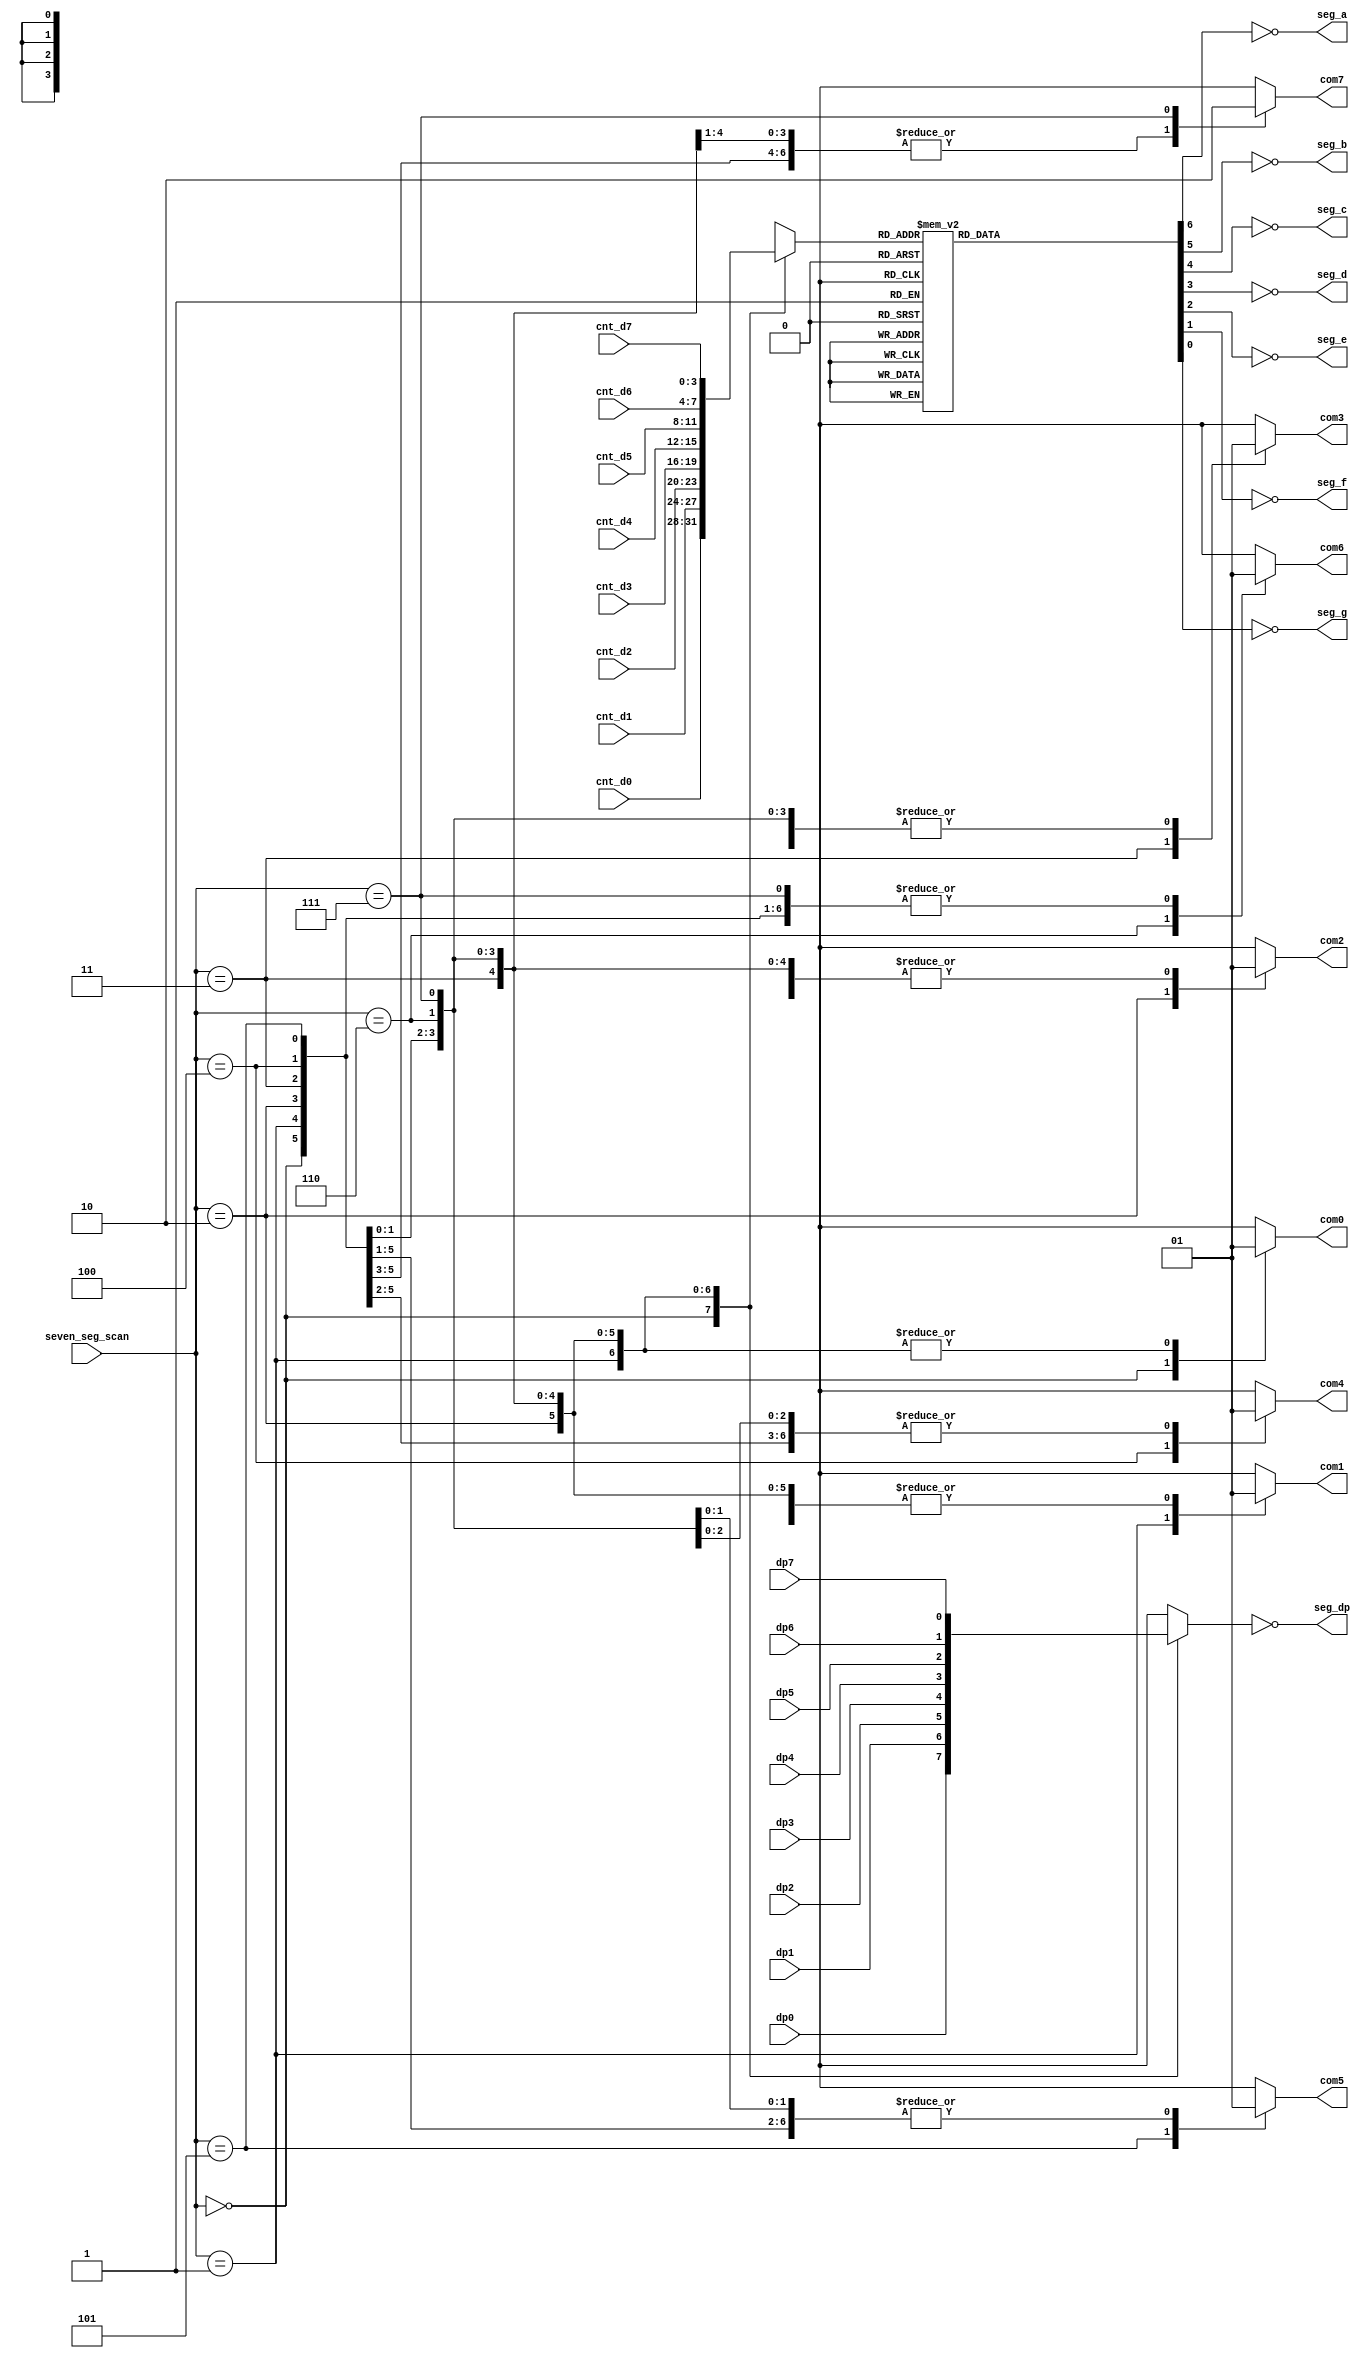
`timescale 1 ns/1 ns

module seven_seg(seven_seg_scan,
		cnt_d0, cnt_d1, cnt_d2, cnt_d3, cnt_d4, cnt_d5, cnt_d6, cnt_d7,
		dp0, dp1, dp2, dp3, dp4, dp5, dp6, dp7,
		seg_a, seg_b, seg_c, seg_d,
		seg_e, seg_f, seg_g, seg_dp,
		com0, com1, com2, com3, com4, com5, com6, com7);

input	[2:0]	seven_seg_scan;
input		dp0, dp1, dp2, dp3 ,dp4, dp5, dp6, dp7;
input	[3:0]	cnt_d0, cnt_d1, cnt_d2, cnt_d3, cnt_d4, cnt_d5, cnt_d6, cnt_d7;
output 		seg_a, seg_b, seg_c, seg_d,
		seg_e, seg_f, seg_g, seg_dp;
output		com0, com1, com2, com3, com4, com5, com6, com7;
wire 		seg_a, seg_b, seg_c, seg_d,
		seg_e, seg_f, seg_g, seg_dp;
reg		com0, com1, com2, com3, com4, com5, com6, com7;

reg	[3:0]	hex_digit;
reg	[6:0]	seg_data;
reg		seg_data_dp;

assign	seg_a  = ~seg_data[6];
assign	seg_b  = ~seg_data[5];
assign	seg_c  = ~seg_data[4];
assign	seg_d  = ~seg_data[3];
assign	seg_e  = ~seg_data[2];
assign	seg_f  = ~seg_data[1];
assign	seg_g  = ~seg_data[0];
assign  seg_dp = ~seg_data_dp;

always @(hex_digit)
begin
  case (hex_digit)
         4'b0000 : seg_data = 7'b1111110;
         4'b0001 : seg_data = 7'b0110000;
         4'b0010 : seg_data = 7'b1101101;
         4'b0011 : seg_data = 7'b1111001;
         4'b0100 : seg_data = 7'b0110011;
         4'b0101 : seg_data = 7'b1011011;
         4'b0110 : seg_data = 7'b1011111;
         4'b0111 : seg_data = 7'b1110000;
         4'b1000 : seg_data = 7'b1111111;
         4'b1001 : seg_data = 7'b1111011; 
         4'b1010 : seg_data = 7'b1110111;
         4'b1011 : seg_data = 7'b0011111; 
         4'b1100 : seg_data = 7'b1001110; 
         4'b1101 : seg_data = 7'b0111101; 
         4'b1110 : seg_data = 7'b1001111; 
         4'b1111 : seg_data = 7'b1000111; 
	 default : seg_data = 7'b0111110;
  endcase
end

always @(*)
begin
  com0 = 1'b1;
  com1 = 1'b1;
  com2 = 1'b1;
  com3 = 1'b1;
  com4 = 1'b1;
  com5 = 1'b1;
  com6 = 1'b1;
  com7 = 1'b1;
  case (seven_seg_scan)
    3'b000 :   begin
		hex_digit   = cnt_d0;
		com0        = 1'b0;
		seg_data_dp = dp0;
              end
    3'b001 :   begin
		hex_digit   = cnt_d1;
		com1        = 1'b0;
		seg_data_dp = dp1;
              end
    3'b010 :   begin
		hex_digit   = cnt_d2;
		com2        = 1'b0;
		seg_data_dp = dp2;
              end
    3'b011 :   begin
		hex_digit   = cnt_d3;
		com3        = 1'b0;
		seg_data_dp = dp3;
              end
    3'b100 :   begin
		hex_digit   = cnt_d4;
		com4        = 1'b0;
		seg_data_dp = dp4;
              end
    3'b101 :   begin
		hex_digit   = cnt_d5;
		com5        = 1'b0;
		seg_data_dp = dp5;
              end
    3'b110 :   begin
		hex_digit   = cnt_d6;
		com6        = 1'b0;
		seg_data_dp = dp6;
              end
    3'b111 :   begin
		hex_digit   = cnt_d7;
		com7        = 1'b0;
		seg_data_dp = dp7;
              end
    default : begin
		hex_digit   = cnt_d0;
		com0        = 1'b0;
		seg_data_dp = dp0;
              end
  endcase
end

endmodule